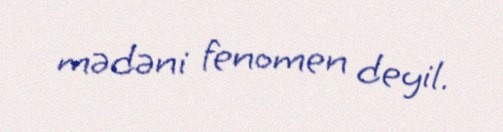
mədəni fenomen deyil.